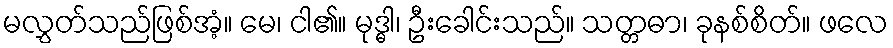
မလွှတ်သည်ဖြစ်အံ့။ မေ၊ ငါ၏။ မုဒ္ဓါ၊ ဦးခေါင်းသည်။ သတ္တဓာ၊ ခုနစ်စိတ်။ ဖလေ